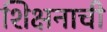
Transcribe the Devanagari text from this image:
शिक्षनाची